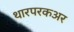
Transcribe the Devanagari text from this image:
थारपरकअर